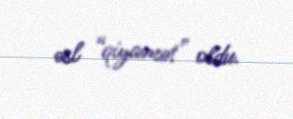
əsl “qiyamət” oldu.